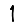
Digit: 1